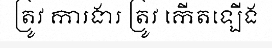
ត្រូវ ការងារ ត្រូវ កើតឡើង